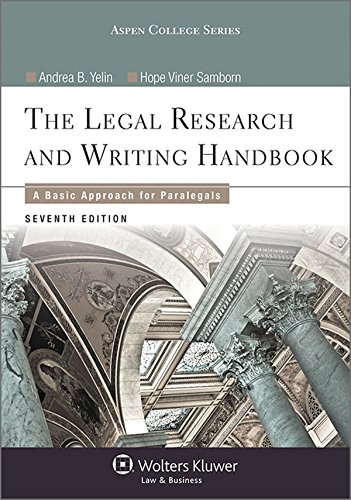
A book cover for Legal Research and Writing Handbook: A Basic Approach for Paralegals (Aspen College); Andrea B. Yelin; Law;